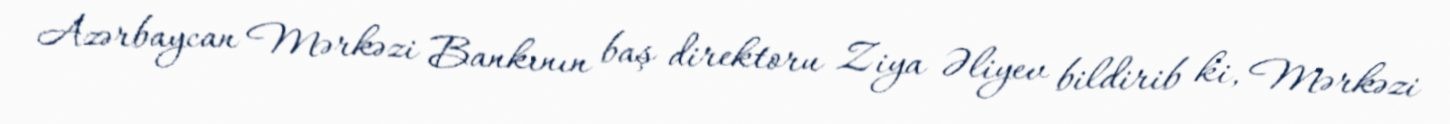
Azərbaycan Mərkəzi Bankının baş direktoru Ziya Əliyev bildirib ki, Mərkəzi